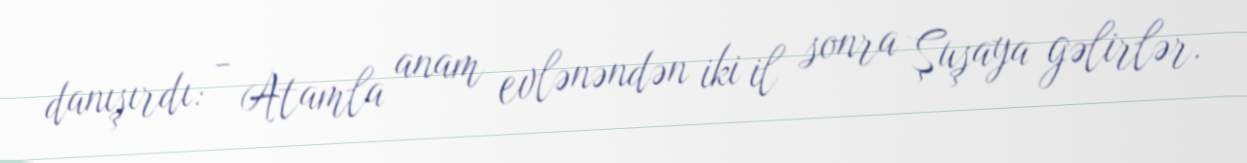
danışırdı: - Atamla anam evlənəndən iki il sonra Şuşaya gəlirlər.